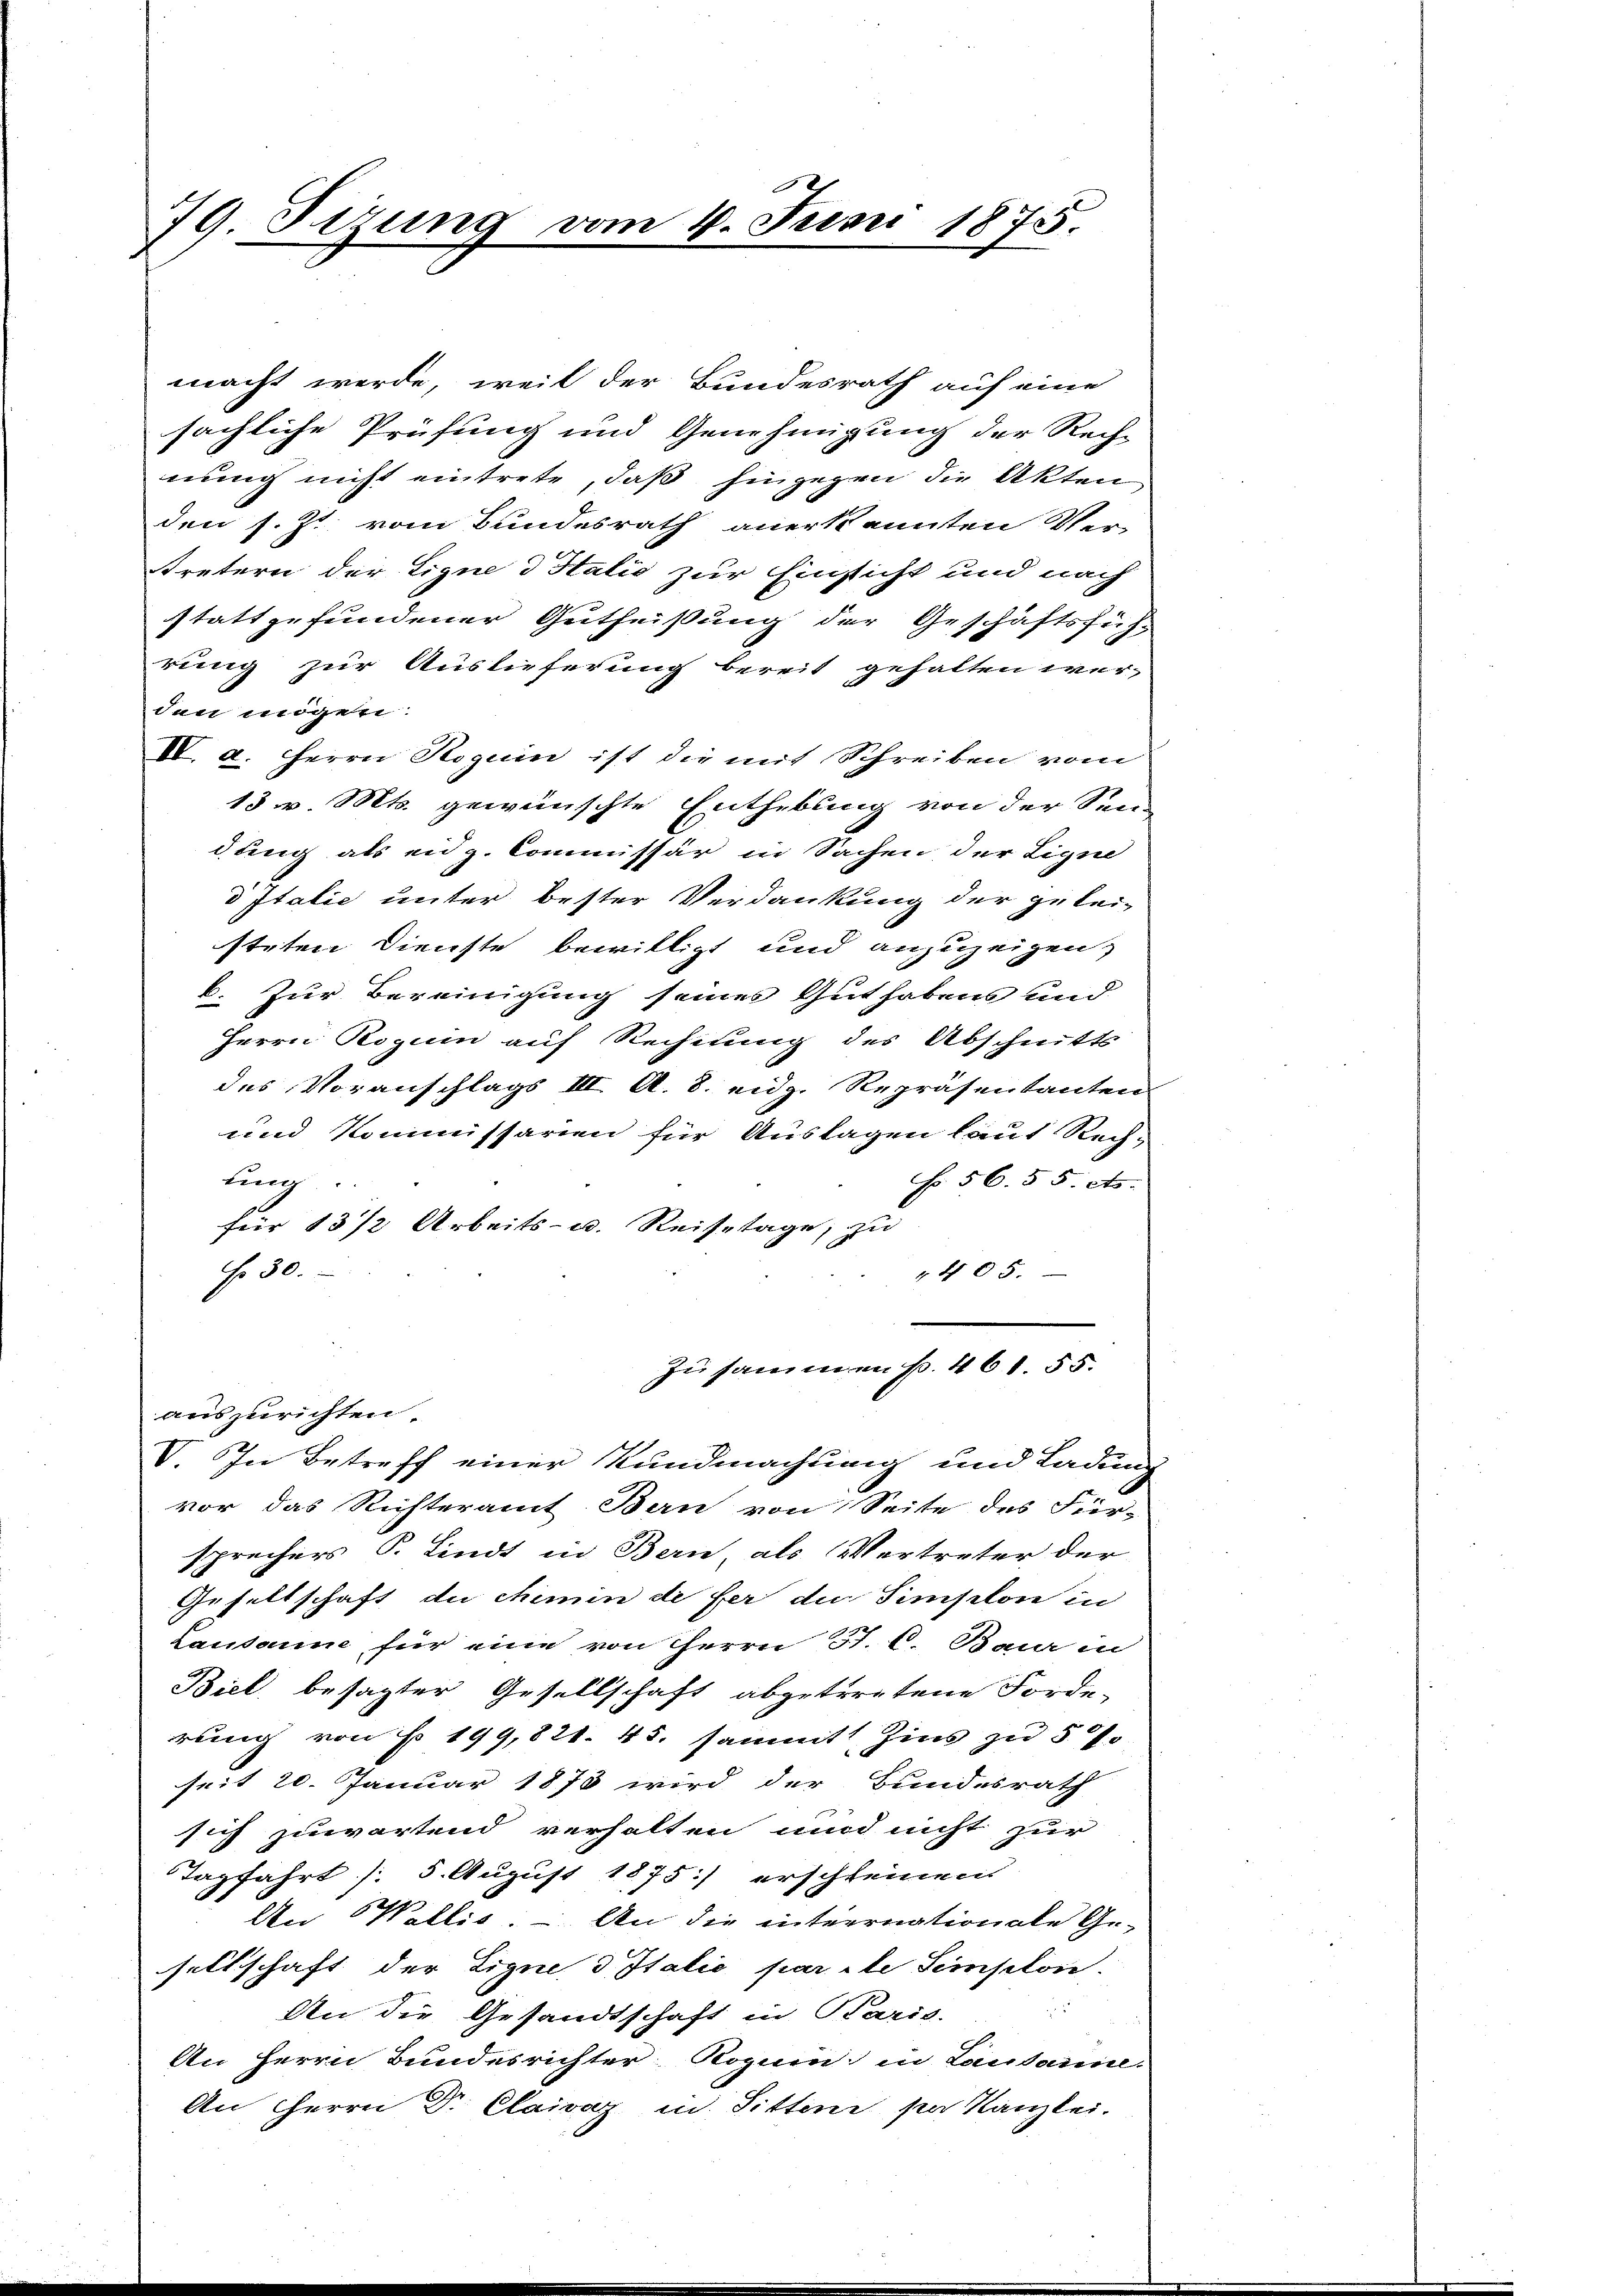
79. Sizung vom 4. Juni 1875.

macht werde, weil der Bundesrath auf eine
sächliche Prüfung und Genehmigung der Rech-
nung nicht eintrete, daß hingegen die Akten
den s. Zt. vom Bundesrath anerkannten Ver-
tretern der Eigne d Italio zur Einsicht und nach
stattgefundener Gutheißung der Geschäftsfüh-
rung zur Auslieferung bereit gehalten werden mögen:
IV. a. Herrn Roguin ist die mit Schreiben vom
13 v. Mts. gewünschte Enthebung von der Sei-
dung als eidg. Commissär in Sachen der Lique
d Italie unter bester Verdankung der gelei-
steten Dienste bewilligt und anzuzeigen,
b. Zur Bereinigung seines Gut habens und
Herrn Roguin auf Rechnung des Abschnitts
des Voranschlags III. A. 8. eidg. Repräsentanten
und Kommissarien für Auslagen laut Rechung.
f. 56. 55. et.
für 13 1/2 Arbeits- u. Reisetage, zu
No 30.
"405.
zusammen pr. 461. 55.
auszurichten.
V. In Betreff einer Kundmachung und Ladung
vor das Richteramt Bern von Seite des Für-
sprechers P. Lindt in Bern, als Vertreter der
Gesellschaft du chemin de fer du Simplon in
Lausanne für eine von Herrn J. C. Baur in
Biel, besagter Gesellschaft abgetretene Forde-
rung von No 199,821. 45. sammt Zins zu 57.
seit 20. Januar 1873 wird der Bundesrath
sich zuwartend verhalten und nicht zur
Tagfahrt / 5. August 1875) erschleinen
An Wallis. – An die internationale Ge-
sellschaft der Eigne 3 Italie par le Seinselon
a 15
An die Gesandtschaft in Karis
An Herrn Bundesrichter Roguin in Lausanne.
An Herrn Dr Claivaz in Sitten par Kanzlei.